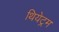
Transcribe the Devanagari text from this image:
थियेट्रम